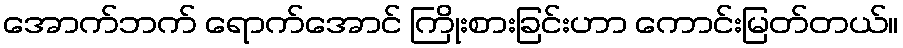
အောက်ဘက် ရောက်အောင် ကြိုးစားခြင်းဟာ ကောင်းမြတ်တယ်။